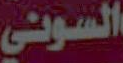
السوني